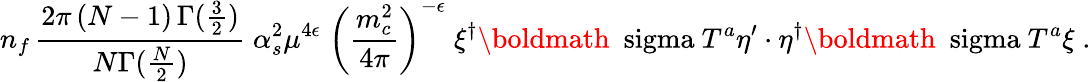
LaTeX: n_{f}\, {\frac{2\pi\, (N-1)\, \Gamma({\frac{3}{2}})}{N\Gamma({\frac{N}{2}})}}\; \alpha_{s}^{2}\mu^{4\epsilon}\; \left({\frac{m_{c}^{2}}{4\pi}}\right)^{-\epsilon}\; \xi^{\dagger}\mathrm{\boldmath~\ sigma~}T^{a}\eta^{\prime}\cdot\eta^{\dagger}\mathrm{\boldmath~\ sigma~}T^{a}\xi\; .